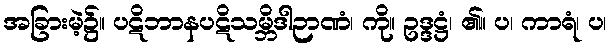
အခြားမဲ့၌။ ပဋိဘာနပဋိသမ္ဘိဒါဉာဏံ၊ ကို။ ဥဒ္ဒဋ္ဌံ၊ ၏။ ပ၊ ကာရံ၊ ပ၊